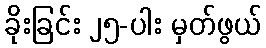
ခိုးခြင်း ၂၅-ပါး မှတ်ဖွယ်